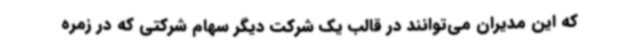
که این مدیران می‌توانند در قالب یک شرکت دیگر سهام شرکتی که در زمره